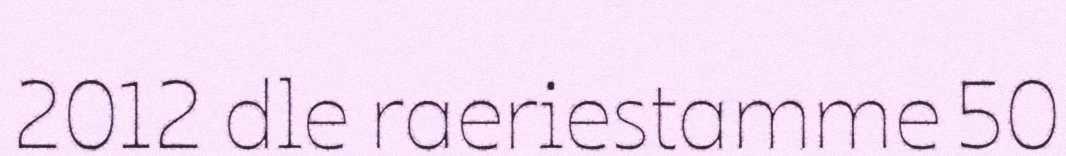
2012 dle raeriestamme 50